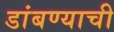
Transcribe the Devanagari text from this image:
डांबण्याची